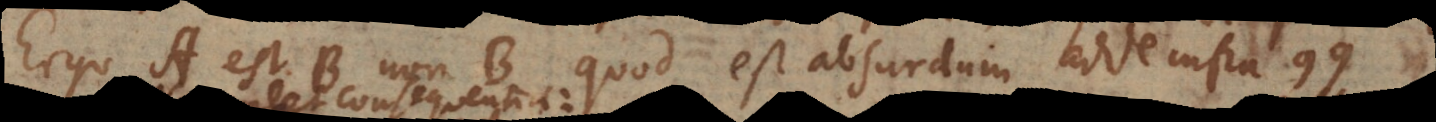
Ergo A est B non‐B, quod est absurdum. Adde infra [100].